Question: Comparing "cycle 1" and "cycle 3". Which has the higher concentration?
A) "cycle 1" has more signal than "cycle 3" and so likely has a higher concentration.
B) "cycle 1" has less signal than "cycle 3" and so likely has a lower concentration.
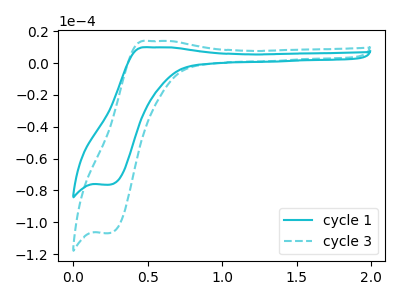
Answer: <think>The cyan curve "cycle 1" has an anodic peak at (0.50V, 9.95uA) and a cathodic peak at (0.25V, -76.40uA). The cyan dashed curve "cycle 3" has an anodic peak at (0.50V, 13.90uA) and a cathodic peak at (0.25V, -106.85uA).
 All the peaks in "cycle 1" have a peak in "cycle 3" at the same potential. Every peak in "cycle 1" is lower than every peak in "cycle 3".</think>
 <answer>B) "cycle 1" has less signal than "cycle 3" and so likely has a lower concentration.</answer>
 <eval>B</eval>